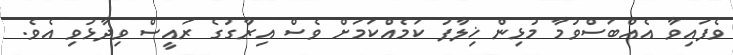
ވެފައިވާ އެއްބަސްވުމާ މުޅިން ޚިލާފު ކަމެއްކަމަށް ވެސް އިރާގުގެ ރައީސް ވިދާޅުވި އެވެ.